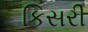
કિસરી